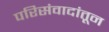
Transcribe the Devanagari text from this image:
परिसंवादांतून